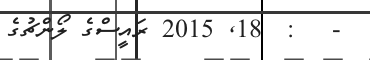
-   :  18